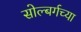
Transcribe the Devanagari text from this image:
सोल्बर्गच्या